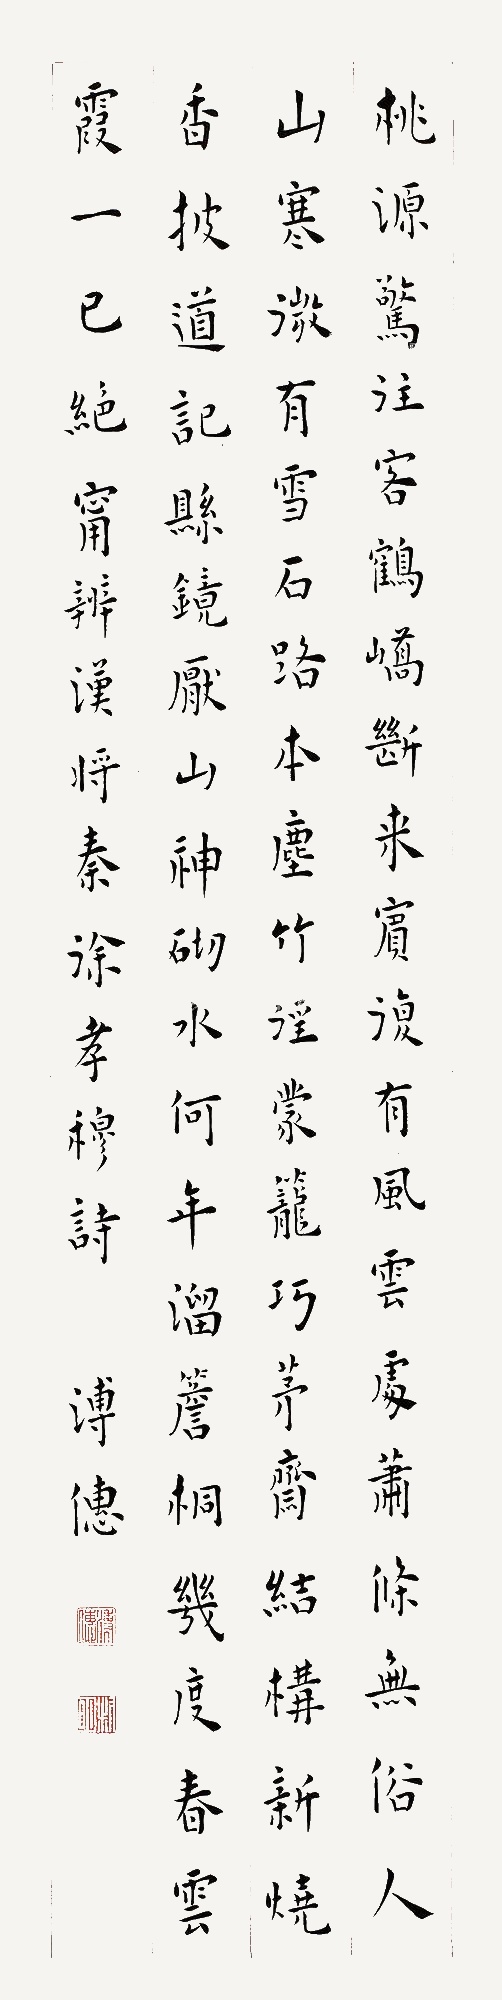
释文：桃源惊往客，鹤峤断来宾。复有风云处，萧条无俗人。山寒微有雪，石路本无尘。竹径蒙笼巧，茅斋结构新。烧香披道记，悬镜厌山神。砌水何年溜，檐桐几度春。云霞一已绝，宁辨汉将秦。徐孝穆诗。溥僡。